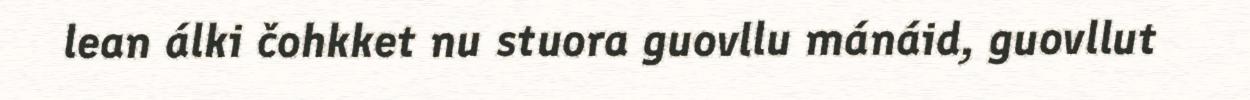
lean álki čohkket nu stuora guovllu mánáid, guovllut